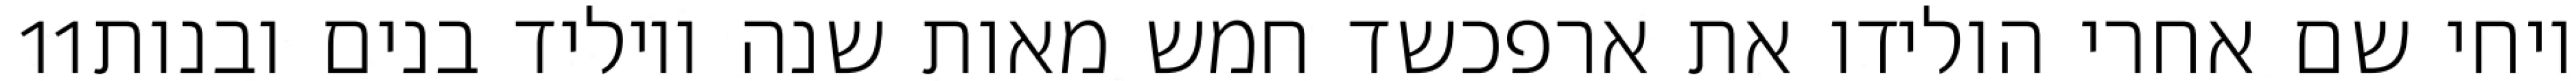
‎11‏ ויחי שם אחרי הולידו את ארפכשד חמש מאות שנה ויוליד בנים ובנות